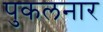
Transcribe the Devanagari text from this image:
पुकलनार